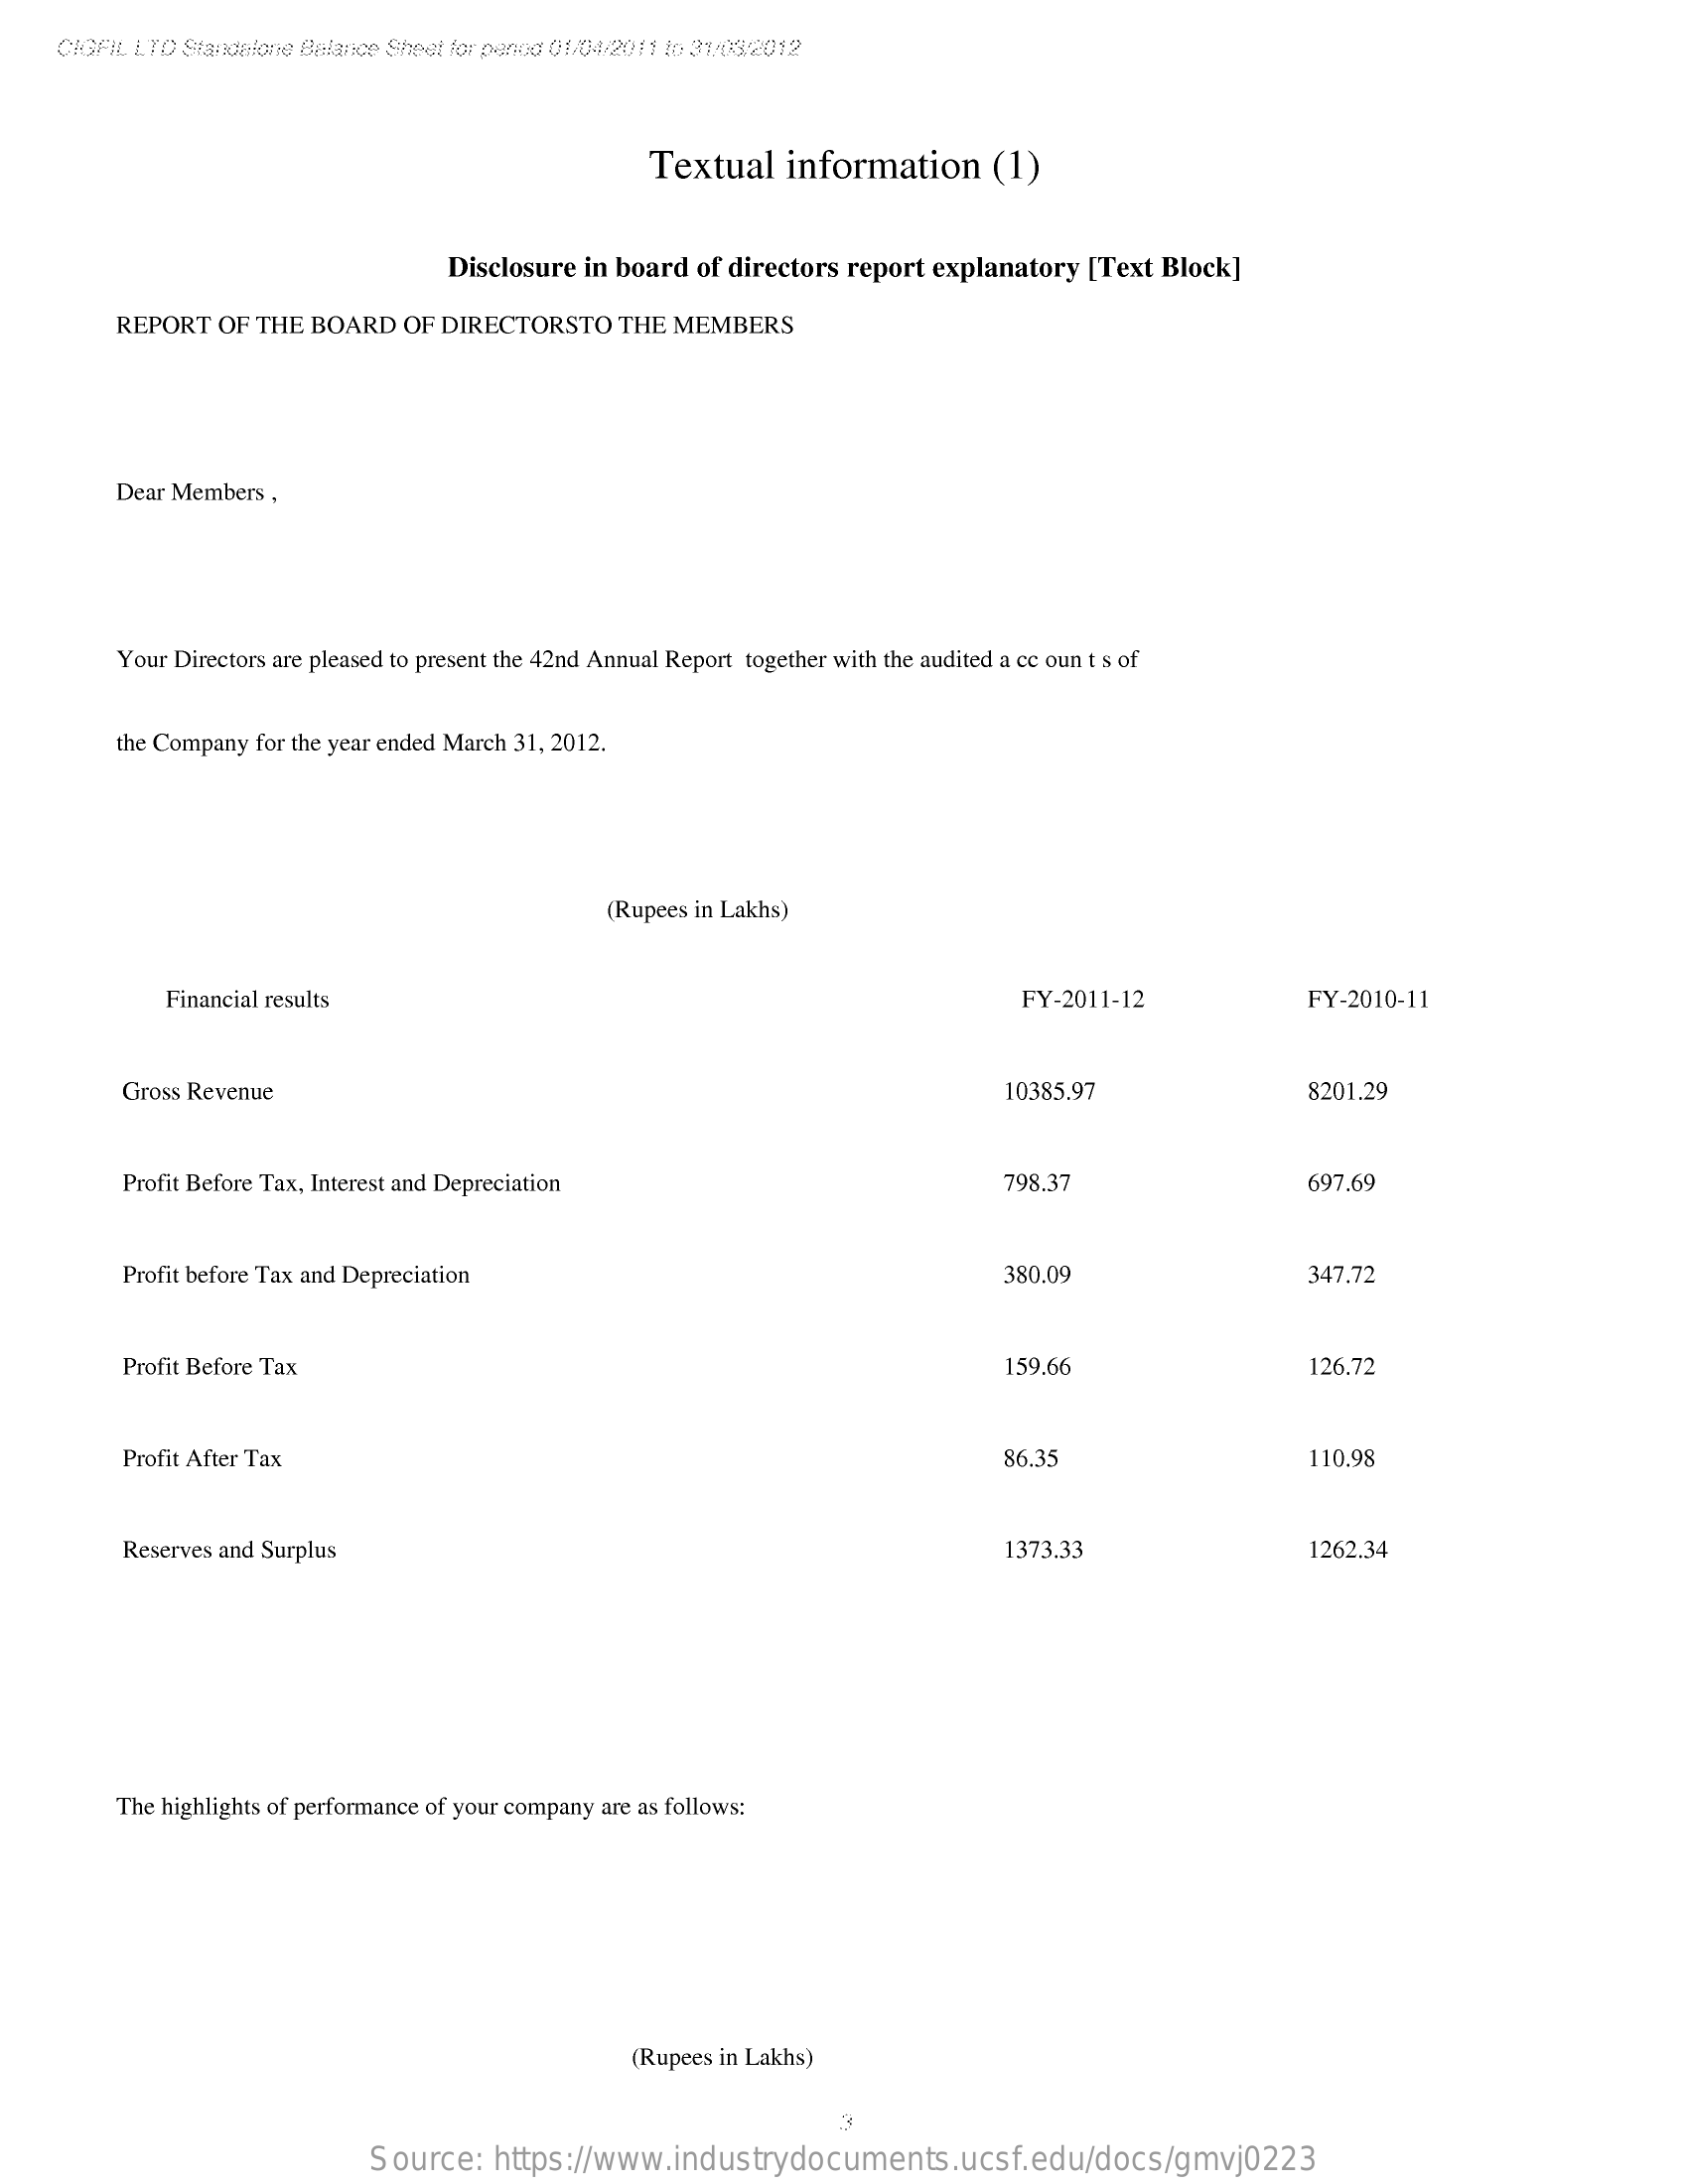
CIGFIL LTD Standalone Balance Sheet for penoo 01/04/2011 in 31/03/2012
     Textual   information    (1)
     Disclosure in board of directors report explanatory [Text Block]
     REPORT  OF THE BOARD   OF DIRECTORSTO   THE MEMBERS
     Dear Members ,
     Your Directors are pleased to present the 42nd Annual Report together with the audited a cc oun t s of
     the Company for the year ended March 31, 2012.
     (Rupees in Lakhs)
     Financial results    FY-2011-12    FY-2010-11
     Gross Revenue    10385.97    8201.29
     Profit Before Tax, Interest and Depreciation    798.37    697.69
     Profit before Tax and Depreciation    380.09    347.72
     Profit Before Tax    159.66    126.72
     Profit After Tax    86.35    110.98
     Reserves and Surplus    1373.33    1262.34
     The highlights of performance of your company are as follows:
     (Rupees in Lakhs)
     Source:   https://www.industrydocuments.ucsf.edu/docs/gmvj0223